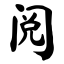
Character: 阅